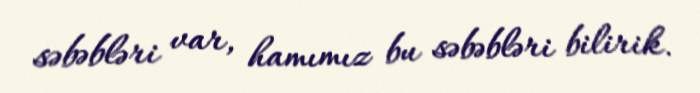
səbəbləri var, hamımız bu səbəbləri bilirik.